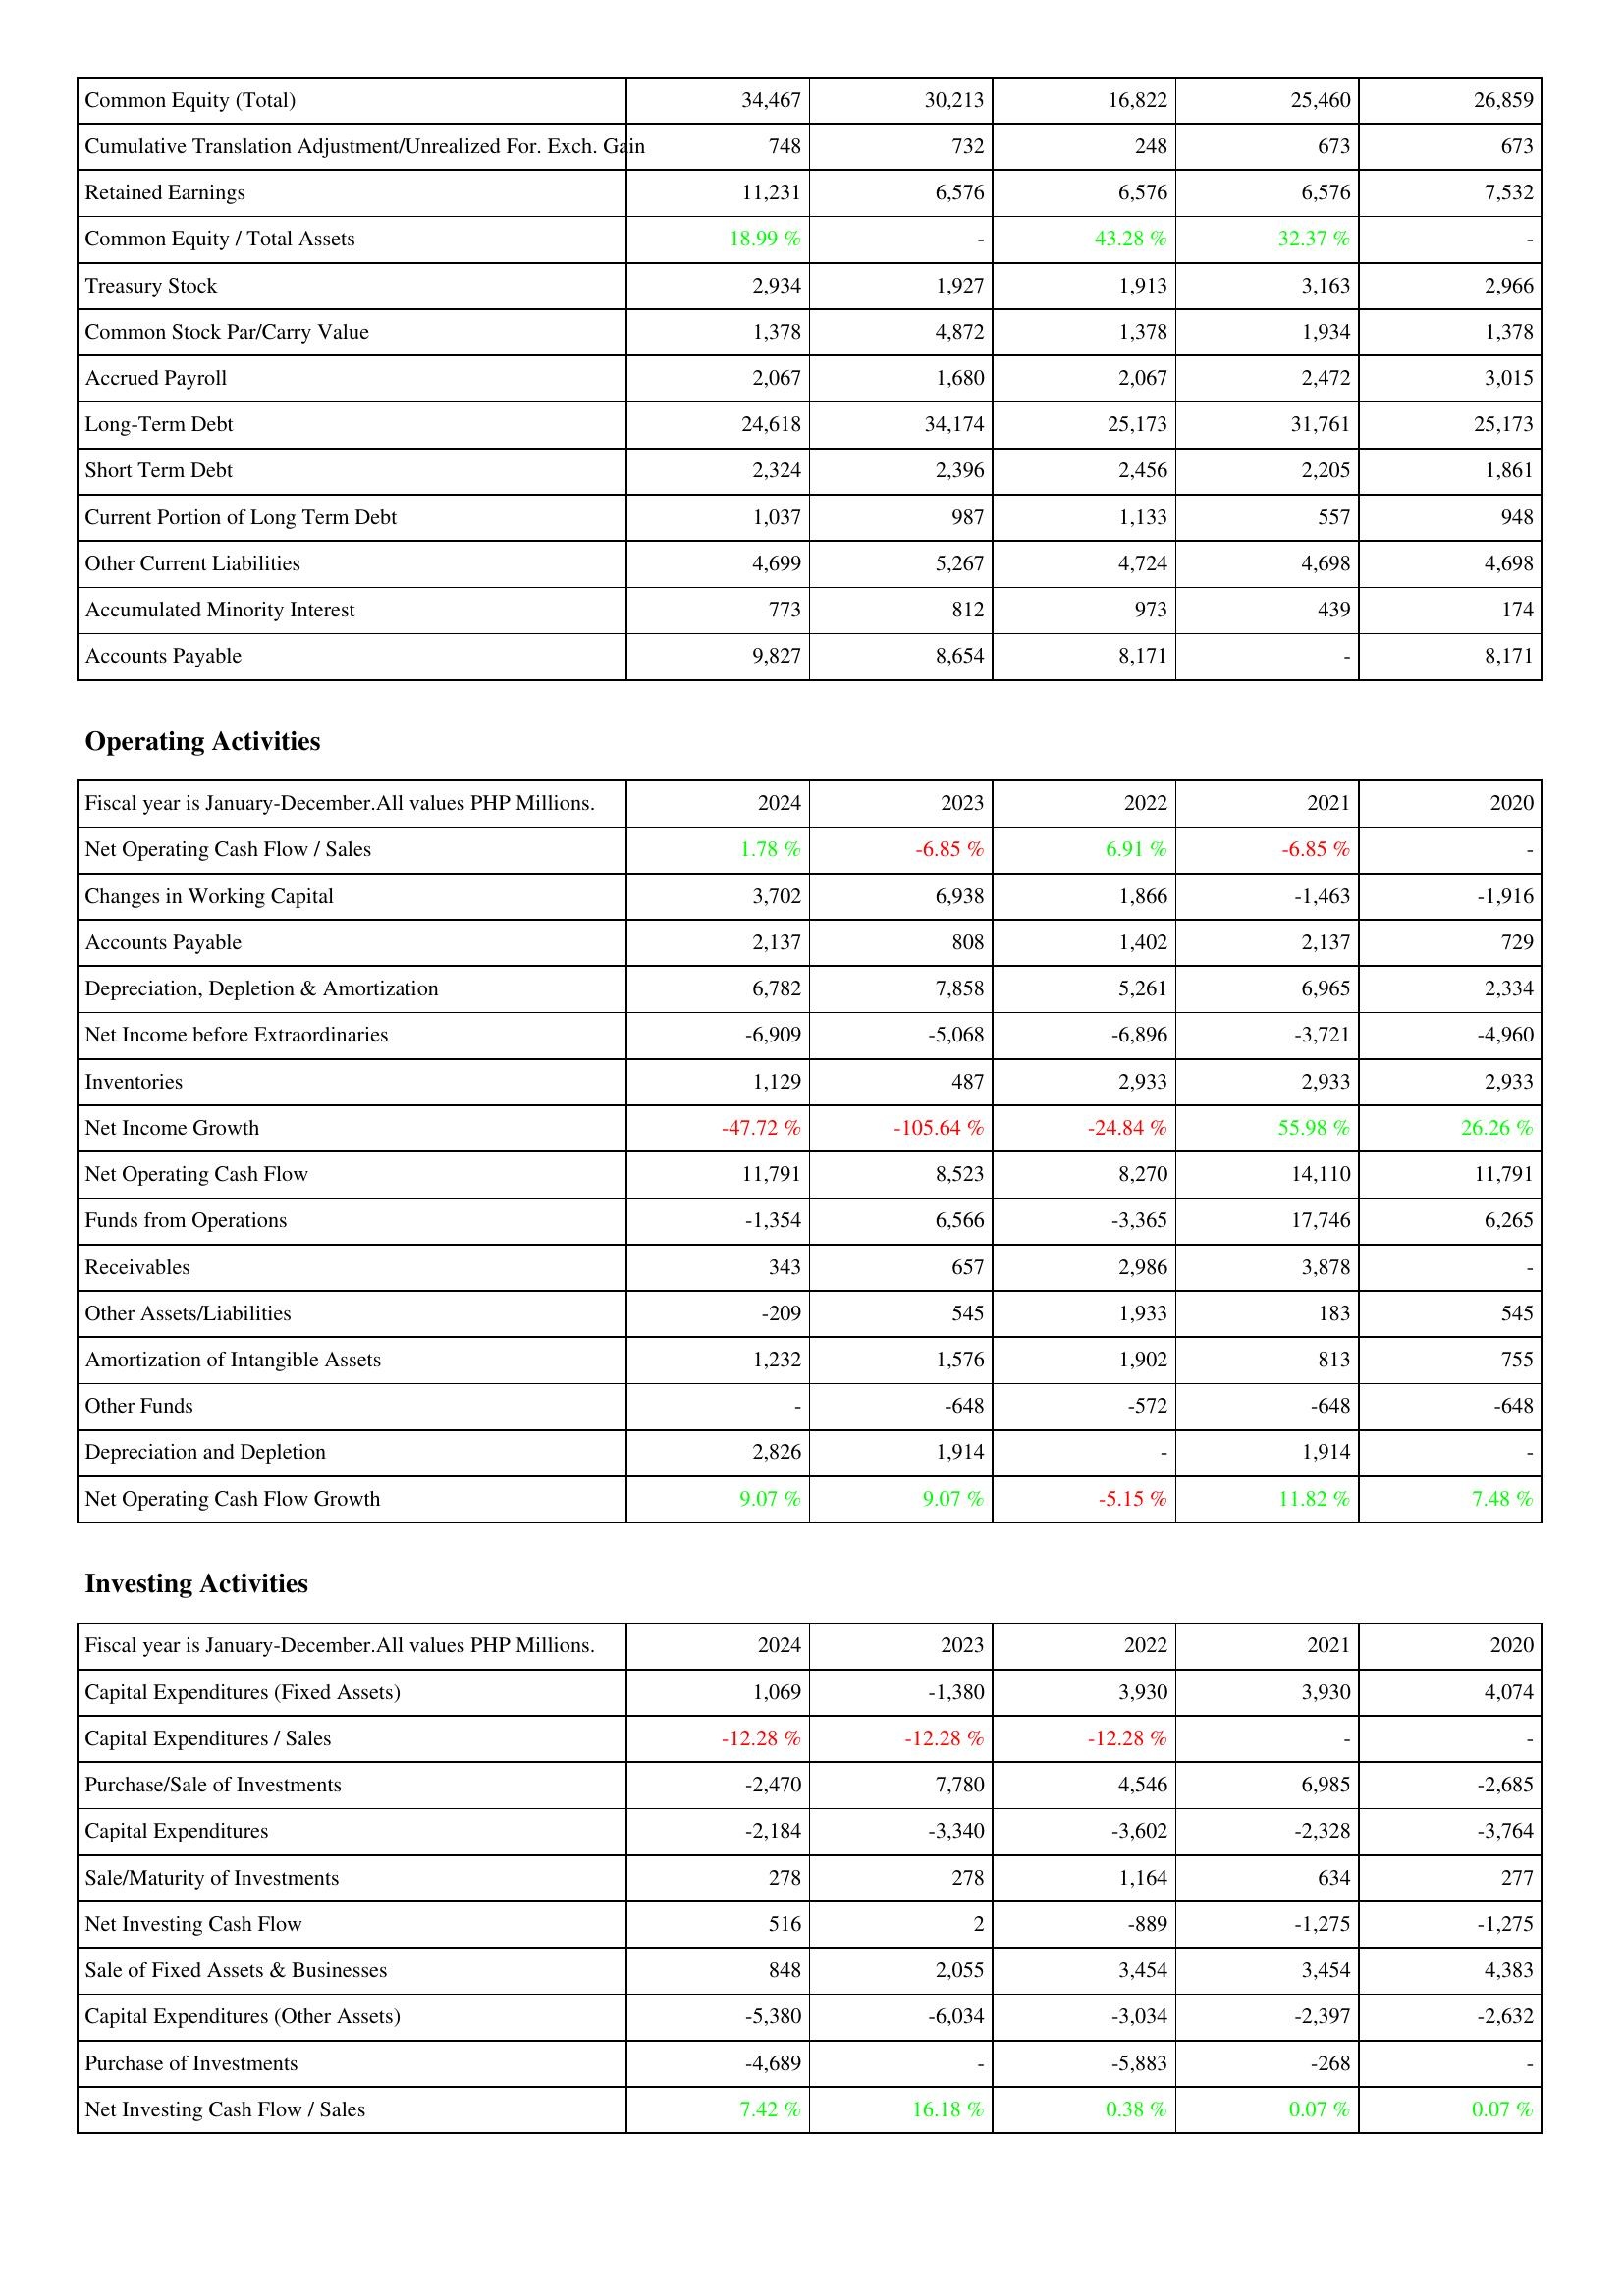
2024: Liabilities & Shareholders' Equity: Common Equity (Total): 34,467
Cumulative Translation Adjustment/Unrealized For. Exch. Gain: 748
Retained Earnings: 11,231
Common Equity / Total Assets: 18.99 %
Treasury Stock: 2,934
Common Stock Par/Carry Value: 1,378
Accrued Payroll: 2,067
Long-Term Debt: 24,618
Short Term Debt: 2,324
Current Portion of Long Term Debt: 1,037
Other Current Liabilities: 4,699
Accumulated Minority Interest: 773
Accounts Payable: 9,827
Operating Activities: Net Operating Cash Flow / Sales: 1.78 %
Changes in Working Capital: 3,702
Accounts Payable: 2,137
Depreciation, Depletion & Amortization: 6,782
Net Income before Extraordinaries: -6,909
Inventories: 1,129
Net Income Growth: -47.72 %
Net Operating Cash Flow: 11,791
Funds from Operations: -1,354
Receivables: 343
Other Assets/Liabilities: -209
Amortization of Intangible Assets: 1,232
Other Funds: -
Depreciation and Depletion: 2,826
Net Operating Cash Flow Growth: 9.07 %
Investing Activities: Capital Expenditures (Fixed Assets): 1,069
Capital Expenditures / Sales: -12.28 %
Purchase/Sale of Investments: -2,470
Capital Expenditures: -2,184
Sale/Maturity of Investments: 278
Net Investing Cash Flow: 516
Sale of Fixed Assets & Businesses: 848
Capital Expenditures (Other Assets): -5,380
Purchase of Investments: -4,689
Net Investing Cash Flow / Sales: 7.42 %
2023: Liabilities & Shareholders' Equity: Common Equity (Total): 30,213
Cumulative Translation Adjustment/Unrealized For. Exch. Gain: 732
Retained Earnings: 6,576
Common Equity / Total Assets: -
Treasury Stock: 1,927
Common Stock Par/Carry Value: 4,872
Accrued Payroll: 1,680
Long-Term Debt: 34,174
Short Term Debt: 2,396
Current Portion of Long Term Debt: 987
Other Current Liabilities: 5,267
Accumulated Minority Interest: 812
Accounts Payable: 8,654
Operating Activities: Net Operating Cash Flow / Sales: -6.85 %
Changes in Working Capital: 6,938
Accounts Payable: 808
Depreciation, Depletion & Amortization: 7,858
Net Income before Extraordinaries: -5,068
Inventories: 487
Net Income Growth: -105.64 %
Net Operating Cash Flow: 8,523
Funds from Operations: 6,566
Receivables: 657
Other Assets/Liabilities: 545
Amortization of Intangible Assets: 1,576
Other Funds: -648
Depreciation and Depletion: 1,914
Net Operating Cash Flow Growth: 9.07 %
Investing Activities: Capital Expenditures (Fixed Assets): -1,380
Capital Expenditures / Sales: -12.28 %
Purchase/Sale of Investments: 7,780
Capital Expenditures: -3,340
Sale/Maturity of Investments: 278
Net Investing Cash Flow: 2
Sale of Fixed Assets & Businesses: 2,055
Capital Expenditures (Other Assets): -6,034
Purchase of Investments: -
Net Investing Cash Flow / Sales: 16.18 %
2022: Liabilities & Shareholders' Equity: Common Equity (Total): 16,822
Cumulative Translation Adjustment/Unrealized For. Exch. Gain: 248
Retained Earnings: 6,576
Common Equity / Total Assets: 43.28 %
Treasury Stock: 1,913
Common Stock Par/Carry Value: 1,378
Accrued Payroll: 2,067
Long-Term Debt: 25,173
Short Term Debt: 2,456
Current Portion of Long Term Debt: 1,133
Other Current Liabilities: 4,724
Accumulated Minority Interest: 973
Accounts Payable: 8,171
Operating Activities: Net Operating Cash Flow / Sales: 6.91 %
Changes in Working Capital: 1,866
Accounts Payable: 1,402
Depreciation, Depletion & Amortization: 5,261
Net Income before Extraordinaries: -6,896
Inventories: 2,933
Net Income Growth: -24.84 %
Net Operating Cash Flow: 8,270
Funds from Operations: -3,365
Receivables: 2,986
Other Assets/Liabilities: 1,933
Amortization of Intangible Assets: 1,902
Other Funds: -572
Depreciation and Depletion: -
Net Operating Cash Flow Growth: -5.15 %
Investing Activities: Capital Expenditures (Fixed Assets): 3,930
Capital Expenditures / Sales: -12.28 %
Purchase/Sale of Investments: 4,546
Capital Expenditures: -3,602
Sale/Maturity of Investments: 1,164
Net Investing Cash Flow: -889
Sale of Fixed Assets & Businesses: 3,454
Capital Expenditures (Other Assets): -3,034
Purchase of Investments: -5,883
Net Investing Cash Flow / Sales: 0.38 %
2021: Liabilities & Shareholders' Equity: Common Equity (Total): 25,460
Cumulative Translation Adjustment/Unrealized For. Exch. Gain: 673
Retained Earnings: 6,576
Common Equity / Total Assets: 32.37 %
Treasury Stock: 3,163
Common Stock Par/Carry Value: 1,934
Accrued Payroll: 2,472
Long-Term Debt: 31,761
Short Term Debt: 2,205
Current Portion of Long Term Debt: 557
Other Current Liabilities: 4,698
Accumulated Minority Interest: 439
Accounts Payable: -
Operating Activities: Net Operating Cash Flow / Sales: -6.85 %
Changes in Working Capital: -1,463
Accounts Payable: 2,137
Depreciation, Depletion & Amortization: 6,965
Net Income before Extraordinaries: -3,721
Inventories: 2,933
Net Income Growth: 55.98 %
Net Operating Cash Flow: 14,110
Funds from Operations: 17,746
Receivables: 3,878
Other Assets/Liabilities: 183
Amortization of Intangible Assets: 813
Other Funds: -648
Depreciation and Depletion: 1,914
Net Operating Cash Flow Growth: 11.82 %
Investing Activities: Capital Expenditures (Fixed Assets): 3,930
Capital Expenditures / Sales: -
Purchase/Sale of Investments: 6,985
Capital Expenditures: -2,328
Sale/Maturity of Investments: 634
Net Investing Cash Flow: -1,275
Sale of Fixed Assets & Businesses: 3,454
Capital Expenditures (Other Assets): -2,397
Purchase of Investments: -268
Net Investing Cash Flow / Sales: 0.07 %
2020: Liabilities & Shareholders' Equity: Common Equity (Total): 26,859
Cumulative Translation Adjustment/Unrealized For. Exch. Gain: 673
Retained Earnings: 7,532
Common Equity / Total Assets: -
Treasury Stock: 2,966
Common Stock Par/Carry Value: 1,378
Accrued Payroll: 3,015
Long-Term Debt: 25,173
Short Term Debt: 1,861
Current Portion of Long Term Debt: 948
Other Current Liabilities: 4,698
Accumulated Minority Interest: 174
Accounts Payable: 8,171
Operating Activities: Net Operating Cash Flow / Sales: -
Changes in Working Capital: -1,916
Accounts Payable: 729
Depreciation, Depletion & Amortization: 2,334
Net Income before Extraordinaries: -4,960
Inventories: 2,933
Net Income Growth: 26.26 %
Net Operating Cash Flow: 11,791
Funds from Operations: 6,265
Receivables: -
Other Assets/Liabilities: 545
Amortization of Intangible Assets: 755
Other Funds: -648
Depreciation and Depletion: -
Net Operating Cash Flow Growth: 7.48 %
Investing Activities: Capital Expenditures (Fixed Assets): 4,074
Capital Expenditures / Sales: -
Purchase/Sale of Investments: -2,685
Capital Expenditures: -3,764
Sale/Maturity of Investments: 277
Net Investing Cash Flow: -1,275
Sale of Fixed Assets & Businesses: 4,383
Capital Expenditures (Other Assets): -2,632
Purchase of Investments: -
Net Investing Cash Flow / Sales: 0.07 %